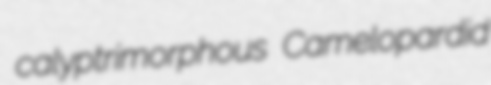
calyptrimorphous Camelopardid